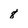
Character: 8